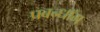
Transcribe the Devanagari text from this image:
प्रबन्धॉम